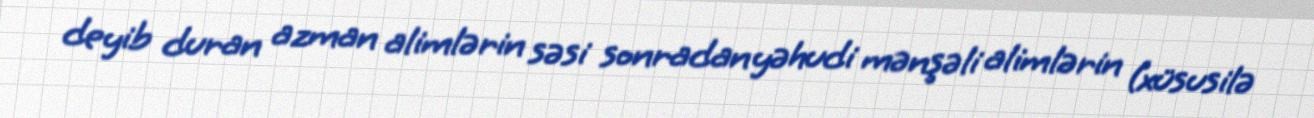
deyib duran azman alimlərin səsi sonradan yəhudi mənşəli alimlərin (xüsusilə